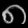
Digit: ၈